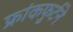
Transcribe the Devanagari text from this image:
फ्रांकफुर्टने